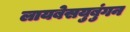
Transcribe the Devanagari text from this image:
लायबेसयुबुंगन